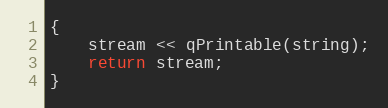
Language: C++
{
    stream << qPrintable(string);
    return stream;
}